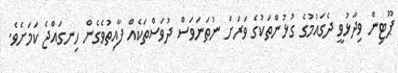
ޕޫޓިން ވިދާޅުވީ ދެގައުމުގެ ގުޅުންތަކުގެ ވަރަށް ނުތަނަވަސް ދުވަސްތަކެއް ފާއިތުވެގެން ހިނގައްޖެ ކަމަށެވެ.